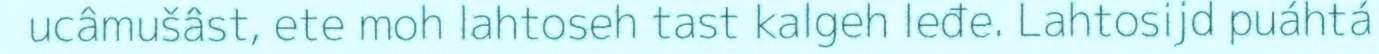
ucâmušâst, ete moh lahtoseh tast kalgeh leđe. Lahtosijd puáhtá